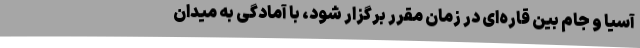
آسیا و جام بین قاره‌ای در زمان مقرر برگزار شود، با آمادگی به میدان